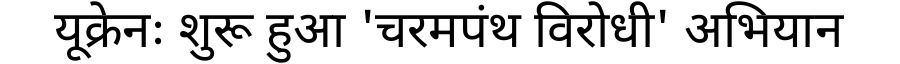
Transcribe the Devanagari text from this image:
यूक्रेनः शुरू हुआ 'चरमपंथ विरोधी' अभियान